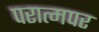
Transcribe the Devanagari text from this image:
परात्मपर